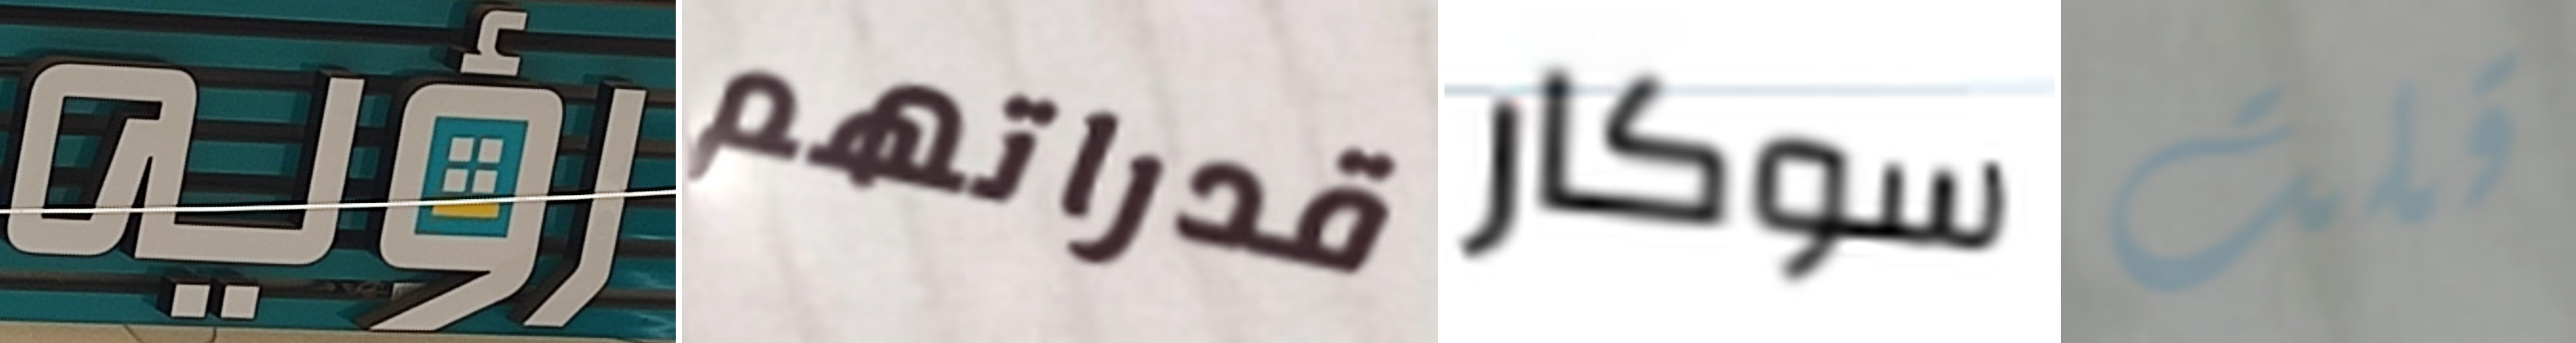
رؤيه قدراتهم سوكار قلت